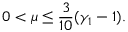
0 < \mu \leq \frac { 3 } { 1 0 } ( \gamma _ { 1 } - 1 ) .